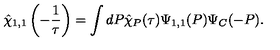
\hat { \chi } _ { 1 , 1 } \left( - \frac { 1 } { \tau } \right) = \int d P \hat { \chi } _ { P } ( \tau ) \Psi _ { 1 , 1 } ( P ) \Psi _ { C } ( - P ) .